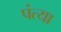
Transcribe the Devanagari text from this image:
पंत्या